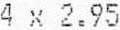
4 X 2.95